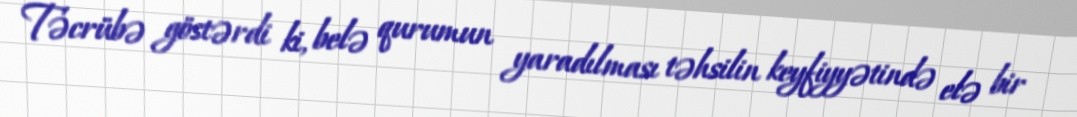
Təcrübə göstərdi ki, belə qurumun yaradılması təhsilin keyfiyyətində elə bir